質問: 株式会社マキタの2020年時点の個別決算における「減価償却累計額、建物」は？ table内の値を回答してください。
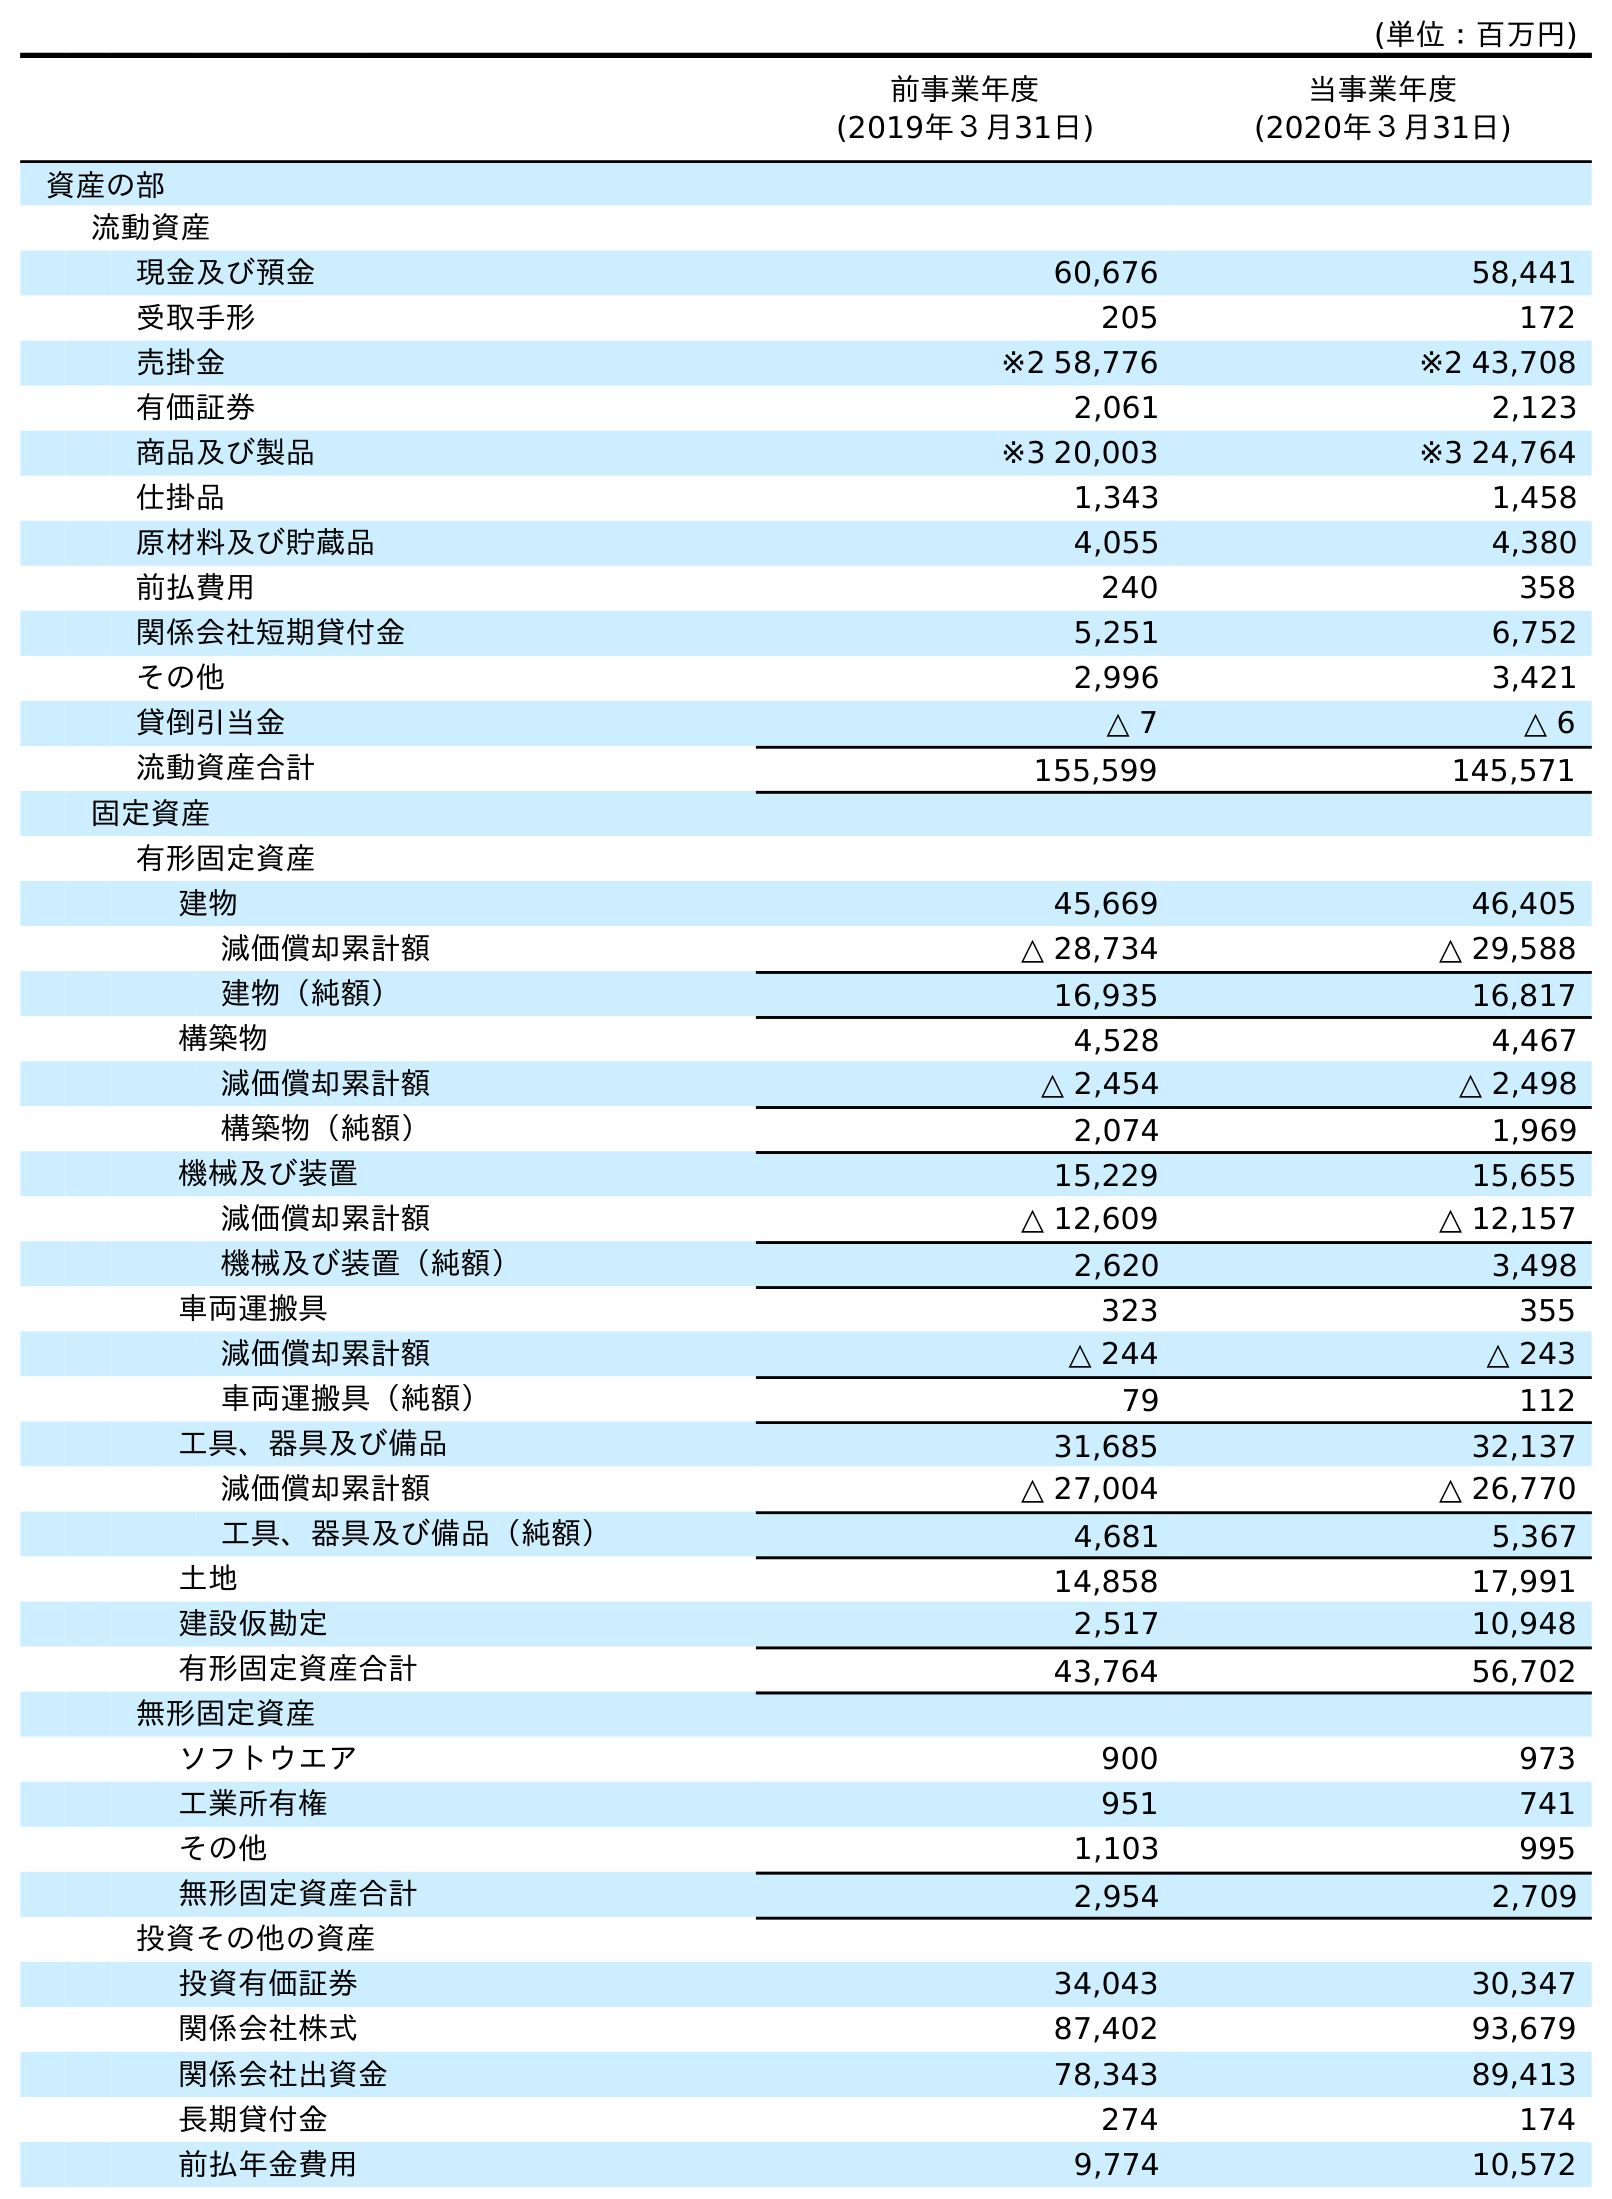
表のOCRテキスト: (単位：百万円) 前事業年度 (2019年３月31日) 当事業年度 (2020年３月31日) 資産の部 流動資産 現金及び預金 60,676 58,441 受取手形 205 172 売掛金 ※2 58,776 ※2 43,708 有価証券 2,061 2,123 商品及び製品 ※3 20,003 ※3 24,764 仕掛品 1,343 1,458 原材料及び貯蔵品 4,055 4,380 前払費用 240 358 関係会社短期貸付金 5,251 6,752 その他 2,996 3,421 貸倒引当金 △ 7 △ 6 流動資産合計 155,599 145,571 固定資産 有形固定資産 建物 45,669 46,405 減価償却累計額 △ 28,734 △ 29,588 建物（純額） 16,935 16,817 構築物 4,528 4,467 減価償却累計額 △ 2,454 △ 2,498 構築物（純額） 2,074 1,969 機械及び装置 15,229 15,655 減価償却累計額 △ 12,609 △ 12,157 機械及び装置（純額） 2,620 3,498 車両運搬具 323 355 減価償却累計額 △ 244 △ 243 車両運搬具（純額） 79 112 工具、器具及び備品 31,685 32,137 減価償却累計額 △ 27,004 △ 26,770 工具、器具及び備品（純額） 4,681 5,367 土地 14,858 17,991 建設仮勘定 2,517 10,948 有形固定資産合計 43,764 56,702 無形固定資産 ソフトウエア 900 973 工業所有権 951 741 その他 1,103 995 無形固定資産合計 2,954 2,709 投資その他の資産 投資有価証券 34,043 30,347 関係会社株式 87,402 93,679 関係会社出資金 78,343 89,413 長期貸付金 274 174 前払年金費用 9,774 10,572
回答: △29,588